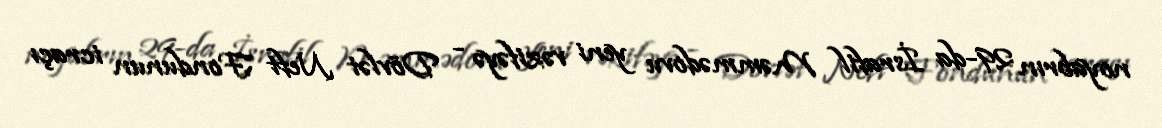
noyabrın 29-da İsrafil Məmmədovu yeni vəzifəyə - Dövlət Neft Fondunun icraçı